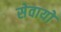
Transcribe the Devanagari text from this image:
सेवायो